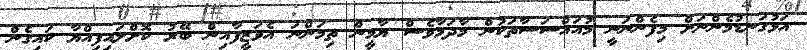
އަޅުގަނޑުމެންނަށް މިފެންނަނީ މުއައްސަސާތަކުން މާދަމާވެސް ޔާމީން ތިމަންނަ އެވަޒީފާއިން ބޭރު ކޮށްލައިފިއްޔާ ކައިގެން